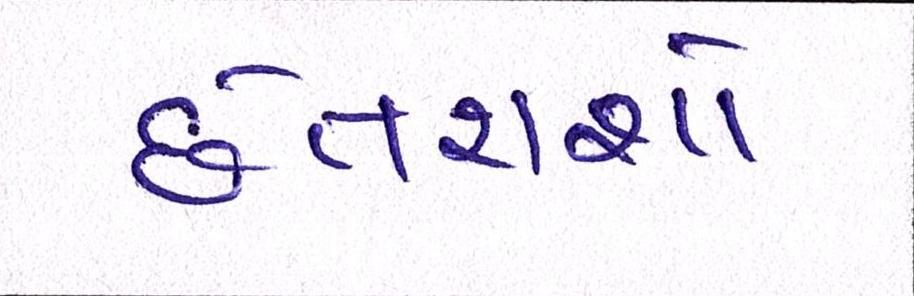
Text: છેતરાશો